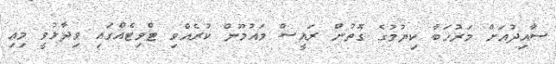
ސާއިދުއަށް މަރުހަބާ ކިޔުމުގެ ގޮތުން ރައީސް މައުމޫން ކުރެއްވި ޓްވިޓެއްގައި ވިދާޅުވީ މިއި